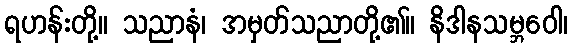
ရဟန်းတို့။ သညာနံ၊ အမှတ်သညာတို့၏။ နိဒါနသမ္ဘဝေါ၊